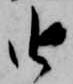
由